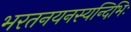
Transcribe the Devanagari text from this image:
भरतनयनस्यन्दिभिः